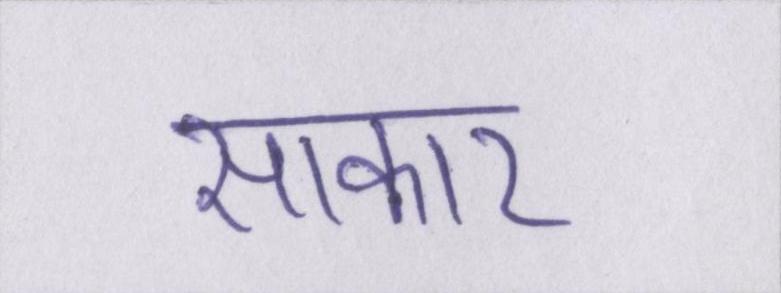
साकार